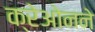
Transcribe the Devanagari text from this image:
क्रेओनने